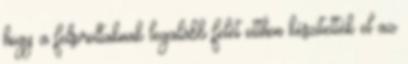
hogy a felsoroltaknak legalább felét otthon készítették el az